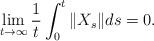
LaTeX: \begin{align*}\lim_{t \to \infty} \frac{1}{t} \int_0^t \| X_s \| ds = 0.\end{align*}